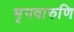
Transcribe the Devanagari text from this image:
भृगवारुणि